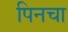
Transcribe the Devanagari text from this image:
पिनचा